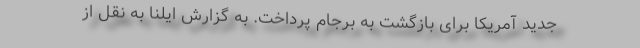
جدید آمریکا برای بازگشت به برجام پرداخت. به گزارش ایلنا به نقل از